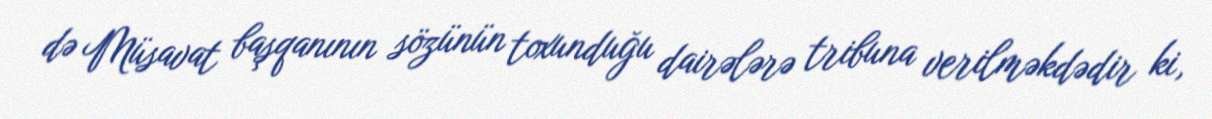
də Müsavat başqanının sözünün toxunduğu dairələrə tribuna verilməkdədir ki,